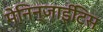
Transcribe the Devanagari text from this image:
मेनिन्जाईटिस